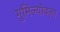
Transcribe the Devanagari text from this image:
गुमिल्योवला